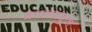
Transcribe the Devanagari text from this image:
कलपद्रुम